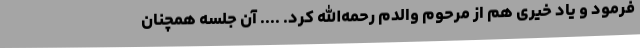
فرمود و یاد خیری هم از مرحوم والدم رحمه‌الله کرد. .... آن جلسه همچنان